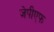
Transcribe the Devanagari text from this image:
जेपीएफ